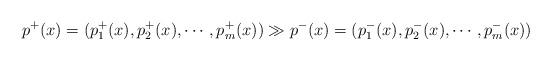
LaTeX: \begin{align*}p^+(x)=(p^+_1(x),p^+_2(x),\cdots,p^+_m(x))\gg p^-(x)=(p^-_1(x),p^-_2(x),\cdots,p^-_m(x))\end{align*}